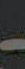
-